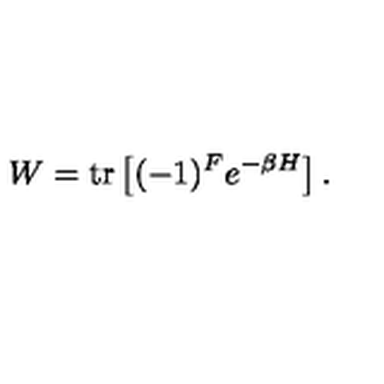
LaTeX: W = \mathrm { t r } \left[ ( - 1 ) ^ { F } e ^ { - \beta H } \right] .